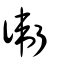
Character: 衛